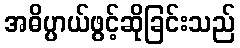
အဓိပ္ပာယ်ဖွင့်ဆိုခြင်းသည်